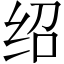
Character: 绍